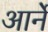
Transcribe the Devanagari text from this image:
आर्ने